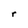
Character: r